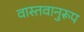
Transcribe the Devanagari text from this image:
वास्तवानुरूप